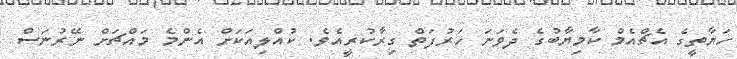
ހަޔާތީގެ އެޗްއެމް ކާމިޔާބުގެ ދެވަނަ ހަރުފަތް ގިރާކުރީއެވެ. ކުއްލިއަކަށް އެންމެ މައްޗަށް ނޭރުނަސް